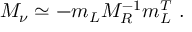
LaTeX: M _ { \nu } \simeq - m _ { L } M _ { R } ^ { - 1 } m _ { L } ^ { T } \ .